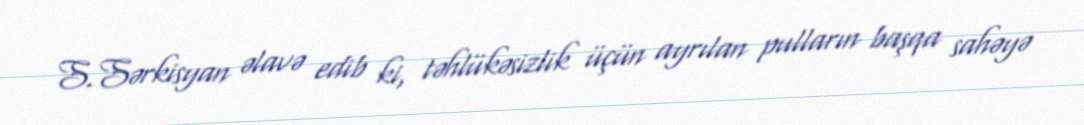
S.Sərkisyan əlavə edib ki, təhlükəsizlik üçün ayrılan pulların başqa sahəyə